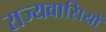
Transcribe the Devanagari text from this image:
राज्यवासियों